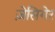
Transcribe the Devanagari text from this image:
ज़ेसिगेर